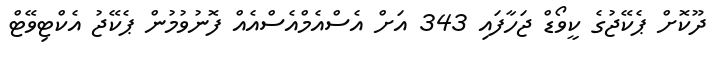
ދޫކޮށް ޕެކޭޖުގެ ކީވޯޑް ޖަހާފައި 343 އަށް އެސްއެމްއެސްއެއް ފޮނުވުމުން ޕެކޭޖު އެކްޓިވޭޓް